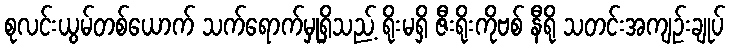
စုလင်းယွမ်တစ်ယောက် သက်ရောက်မှုရှိသည့် ရိုးမရှိ ဇီးရိုးကိုဗစ် နီရို သတင်းအကျဉ်းချုပ်